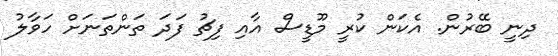
ދިނީ ބޭރުން. އެކަން ކުރީ މޫޑީސް އާއި ފިޗު ފަދަ ތަންތަނަށް ހަވާލު